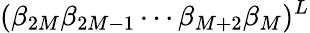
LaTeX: (\beta_{2M}\beta_{2M-1}\cdots\beta_{M+2}\beta_{M})^{L}